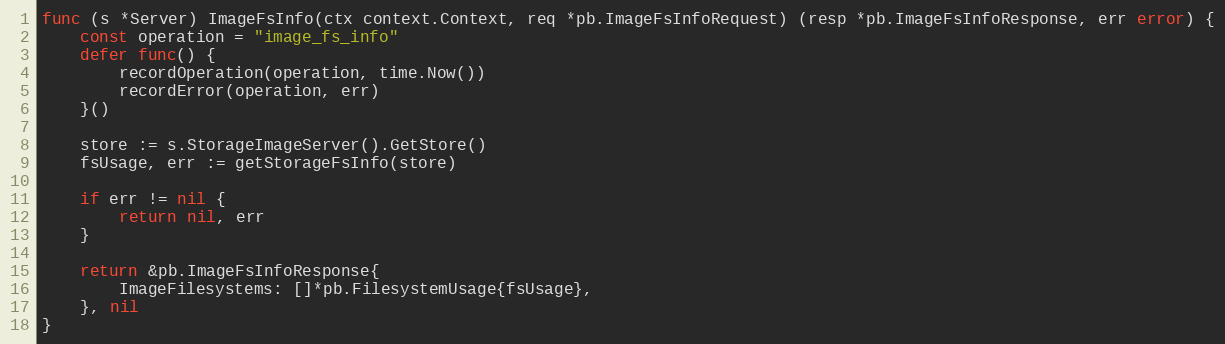
Language: Go
func (s *Server) ImageFsInfo(ctx context.Context, req *pb.ImageFsInfoRequest) (resp *pb.ImageFsInfoResponse, err error) {
	const operation = "image_fs_info"
	defer func() {
		recordOperation(operation, time.Now())
		recordError(operation, err)
	}()

	store := s.StorageImageServer().GetStore()
	fsUsage, err := getStorageFsInfo(store)

	if err != nil {
		return nil, err
	}

	return &pb.ImageFsInfoResponse{
		ImageFilesystems: []*pb.FilesystemUsage{fsUsage},
	}, nil
}